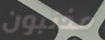
مذنبون